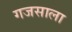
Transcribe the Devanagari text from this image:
गजसाला